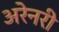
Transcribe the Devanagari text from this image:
अरेनरी